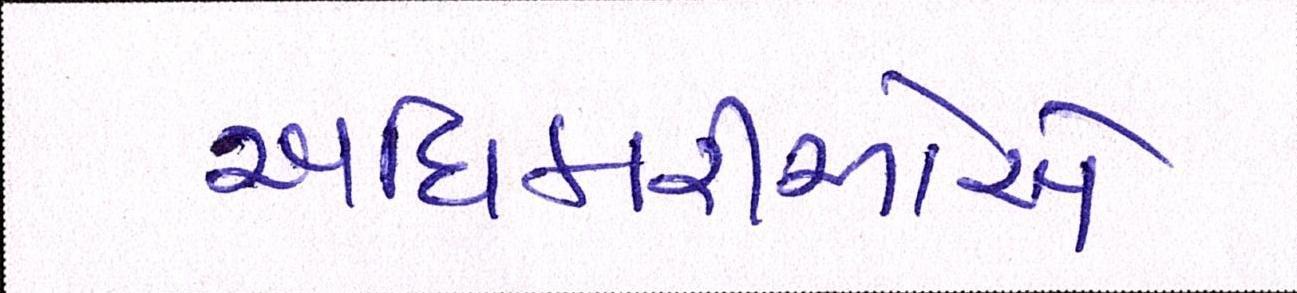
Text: અધિકારીઓએ